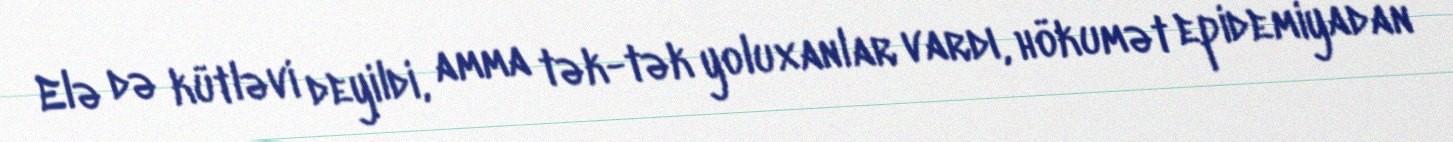
Elə də kütləvi deyildi, amma tək-tək yoluxanlar vardı, hökumət epidemiyadan